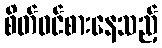
စိတ်ဝင်စားနေသည့်